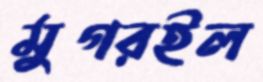
মুগরইল